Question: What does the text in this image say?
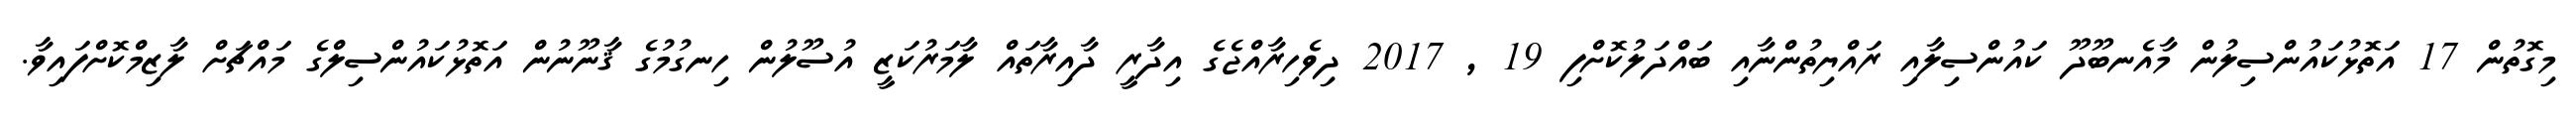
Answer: މިގޮތުން 17 އަތޮޅުކައުންސިލުން މާއެނބޫދޫ ކައުންސިލާއި ރައްޔިތުންނާއި ބައްދަލުކޮށްފި 19 , 2017 ދިވެހިރާއްޖެގެ އިދާރީ ދާއިރާތައް ލާމަރުކަޒީ އުސޫލުން ހިނގުމުގެ ޤާނޫނުން އަތޮޅުކައުންސިލްގެ މައްޗަށް ލާޒިމްކޮށްފައިވާ.